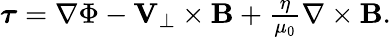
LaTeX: \begin{array}{r}{\boldsymbol{\tau}=\nabla\Phi-{\mathbf V}_{\perp}\times{\mathbf B}+\frac{\eta}{\mu_{0}}\nabla\times{\mathbf B}.}\end{array}